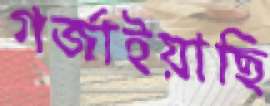
গর্‌জাইয়াছি